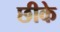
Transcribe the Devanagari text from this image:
छीके